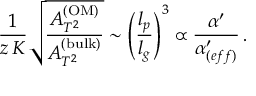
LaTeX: { \frac { 1 } { z \, K } } \sqrt { \frac { A _ { T ^ { 2 } } ^ { \mathrm { ( O M ) } } } { A _ { T ^ { 2 } } ^ { \mathrm { ( b u l k ) } } } } \sim \left( { \frac { l _ { p } } { l _ { g } } } \right) ^ { 3 } \propto { \frac { \alpha ^ { \prime } } { \alpha _ { ( e f f ) } ^ { \prime } } } \, .